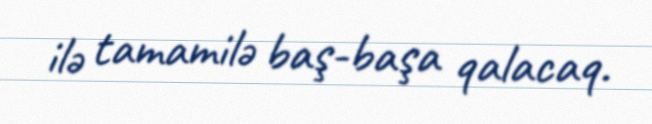
ilə tamamilə baş-başa qalacaq.